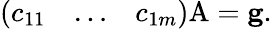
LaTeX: \left(\begin{array}{ccc}{c_{11}}&{\ldots}&{c_{1m}}\end{array}\right)\mathrm{A}=\mathbf{g}.